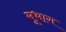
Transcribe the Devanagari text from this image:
मूभाग